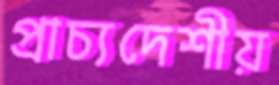
প্রাচ্যদেশীয়